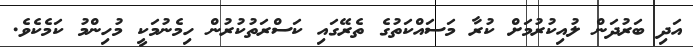
އަދި ބަރުދަން ލުއިކުރުމަށް ކުރާ މަސައްކަތުގެ ތެރޭގައި ކަސްރަތުކުރުން ހިމެނުމަކީ މުހިންމު ކަމެކެވެ.